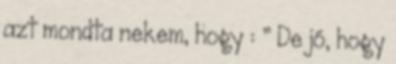
azt mondta nekem, hogy : ” De jó, hogy